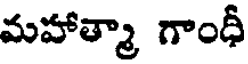
మహాత్మా గాంధీ